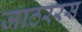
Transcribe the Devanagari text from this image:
जाठररस